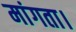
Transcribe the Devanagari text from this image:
मांगता।